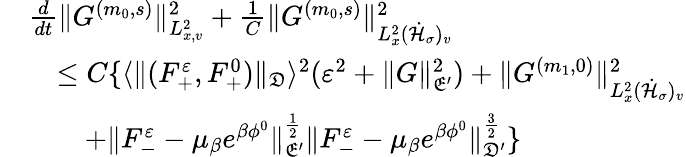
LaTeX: \begin{array}{rl}&{\frac{d}{dt}\| G^{(m_{0},s)}\| _{L_{x,v}^{2}}^{2}+\frac{1}{C}\| G^{(m_{0},s)}\| _{L_{x}^{2}(\dot{\mathcal H}_{\sigma})_{v}}^{2}}\\ &{\quad\leq C\{ \langle\| (F_{+}^{\varepsilon},F_{+}^{0})\| _{\mathfrak D}\rangle^{2}(\varepsilon^{2}+\| G\| _{\mathfrak E^{\prime}}^{2})+\| G^{(m_{1},0)}\| _{L_{x}^{2}(\dot{\mathcal H}_{\sigma})_{v}}^{2}}\\ &{\quad\quad+\| F_{-}^{\varepsilon}-\mu_{\beta}e^{\beta\phi^{0}}\| _{\mathfrak E^{\prime}}^{\frac{1}{2}}\| F_{-}^{\varepsilon}-\mu_{\beta}e^{\beta\phi^{0}}\| _{\mathfrak D^{\prime}}^{\frac{3}{2}}\} }\end{array}